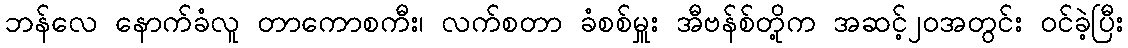
ဘန်လေ နောက်ခံလူ တာကောစကီး၊ လက်စတာ ခံစစ်မှူး အီဗန်စ်တို့က အဆင့်၂၀အတွင်း ဝင်ခဲ့ပြီး